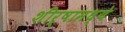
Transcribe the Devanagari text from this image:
शीर्षामध्ये